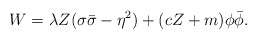
\begin{align*}W=\lambda {Z}(\sigma \bar\sigma -\eta ^2) + ( c Z+m ) \phi\bar \phi.\end{align*}